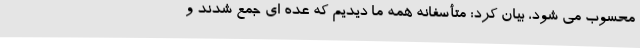
محسوب می شود، بیان کرد: متأسفانه همه ما دیدیم که عده ای جمع شدند و